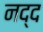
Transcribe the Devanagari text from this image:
नद्द